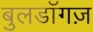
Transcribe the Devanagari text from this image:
बुलडॉगज़